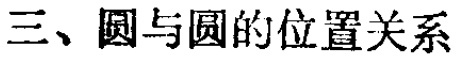
三、圆与圆的位置关系